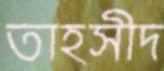
তাহসীদ